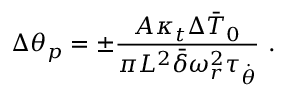
\Delta \theta _ { p } = \pm \frac { A \kappa _ { t } \Delta \bar { T } _ { 0 } } { \pi L ^ { 2 } \bar { \delta } \omega _ { r } ^ { 2 } \tau _ { \dot { \theta } } } \ .